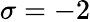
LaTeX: \sigma=-2